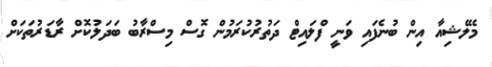
މެލޭޝިއާ އިން ބުނެފައި ވަނީ ފްލައިޓް ދަތުރުކުރަމުން ގޮސް މިސްރާބު ބަދަލުކޮށް ރާޑަރުތަކަށް